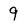
Character: 9